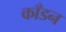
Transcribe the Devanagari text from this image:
काँडन